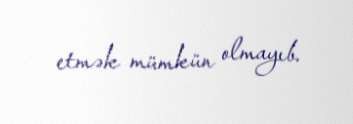
etmək mümkün olmayıb.